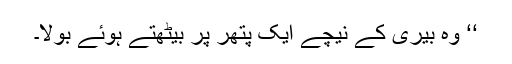
‘‘ وہ بیری کے نیچے ایک پتھر پر بیٹھتے ہوئے بولا۔